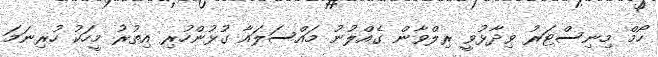
ހޯމް މިނިސްޓަރު ވިދާޅުވީ ރިލްވާން ގެއްލުނު މައްސަލައާ ގުޅުންހުރި އިތުރު މީހަކު ހުރިނަމަ